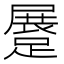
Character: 𨃨